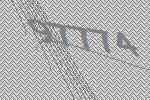
97774